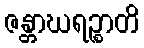
ဇန္တာဃရဉ္စာတိ